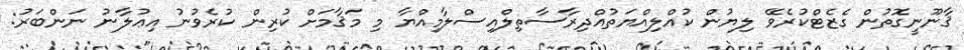
ޤާނޫނީގޮތުން ގެޒެޓްކުރެވޭ ލިޔުން ކުއްލިއްޔަތުއްދިރާސާތިލްއިސްލާމިއްޔާ މި މަޤާމަށް ކުރިން ކުރެވުނު އިޢުލާނު ނަންބަރު: